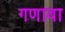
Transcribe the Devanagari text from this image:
गणावा